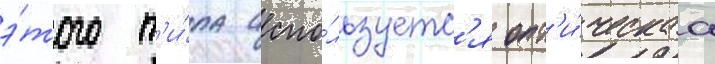
э́того т'и́па испо́льзуетс'я опт'и́ческаа